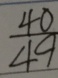
\frac { 4 0 } { 4 9 }